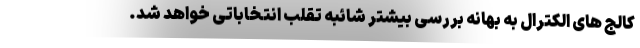
کالج های الکترال به بهانه بررسی بیشتر شائبه تقلب انتخاباتی خواهد شد.